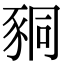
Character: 𧱁